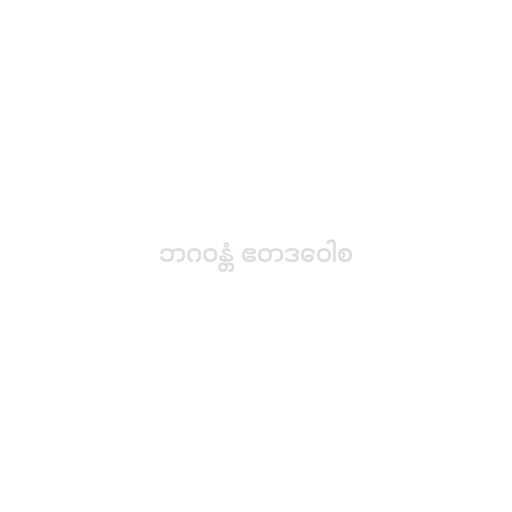
ဘဂဝန္တံ ဧတဒဝေါစ